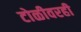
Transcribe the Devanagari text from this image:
टोळीवरही